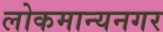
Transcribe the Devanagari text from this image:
लोकमान्यनगर